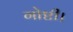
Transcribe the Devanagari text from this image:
गोष्टी।